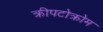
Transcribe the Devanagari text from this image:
क्रीपटोक्रोम